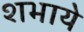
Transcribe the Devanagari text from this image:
शभाये